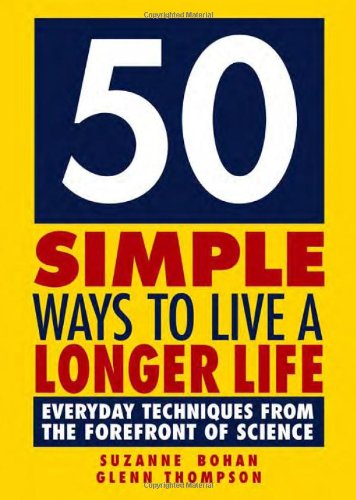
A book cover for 50 Simple Ways to Live a Longer Life: Everyday Techniques from the Forefront of Science; Glenn Thompson; Health, Fitness & Dieting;